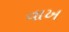
વાખ